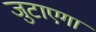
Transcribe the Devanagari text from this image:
जुटाएगा